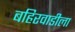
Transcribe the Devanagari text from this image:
बहिरवाडीला